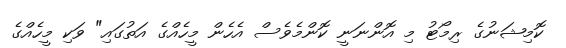
ކޮމިޝަނުގެ ރިމޯޓު މި އޮންނަނީ ކޮންމެވެސް އެހެން މީހެއްގެ އަތުގައި" ވަކި މީހެއްގެ